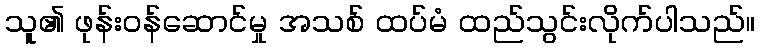
သူ၏ ဖုန်းဝန်ဆောင်မှု အသစ် ထပ်မံ ထည်သွင်းလိုက်ပါသည်။